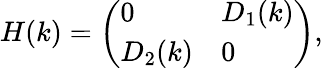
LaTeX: \begin{array}{r}{H(k)=\left(\begin{array}{ll}{0}&{D_{1}(k)}\\ {D_{2}(k)}&{0}\end{array}\right),}\end{array}